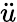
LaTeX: \ddot{u}